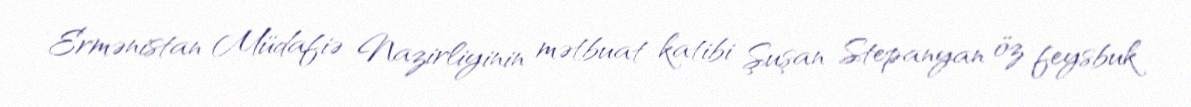
Ermənistan Müdafiə Nazirliyinin mətbuat katibi Şuşan Stepanyan öz feysbuk